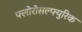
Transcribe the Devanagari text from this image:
फ्लोरोसल्फ्युरिक